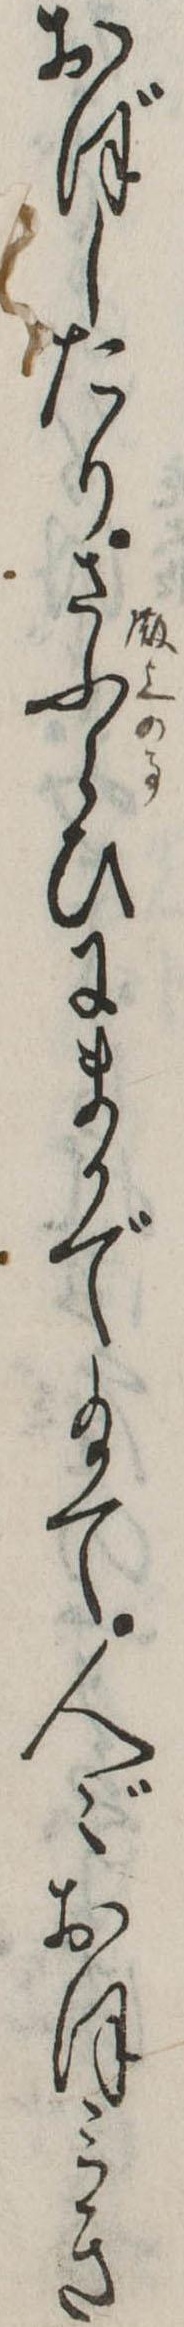
おぼしたりさふらひにまかで給て人ゞおほみき